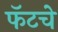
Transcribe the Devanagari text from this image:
फॅटचे